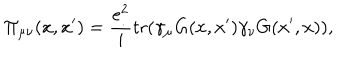
\Pi _ { \mu \nu } ( x , x ^ { \prime } ) = \frac { e ^ { 2 } } { i } \mathrm { t r } ( \gamma _ { \mu } G ( x , x ^ { \prime } ) \gamma _ { \nu } G ( x ^ { \prime } , x ) ) ,